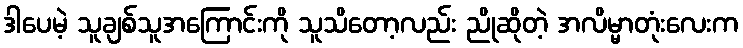
ဒါပေမဲ့ သူချစ်သူအကြောင်းကို သူသိတော့လည်း ညိုဆိုတဲ့ အလိမ္မာတုံးလေးက